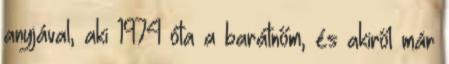
anyjával, aki 1974 óta a barátnőm, és akiről már